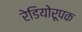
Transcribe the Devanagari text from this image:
रेडियोरूपक